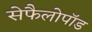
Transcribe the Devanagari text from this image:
सेफैलोपॉड